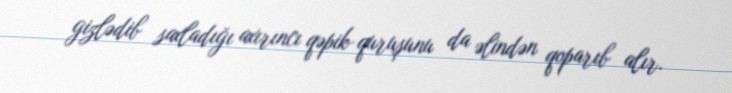
gizlədib saxladığı axırıncı qəpik-quruşunu da əlindən qoparıb alır.